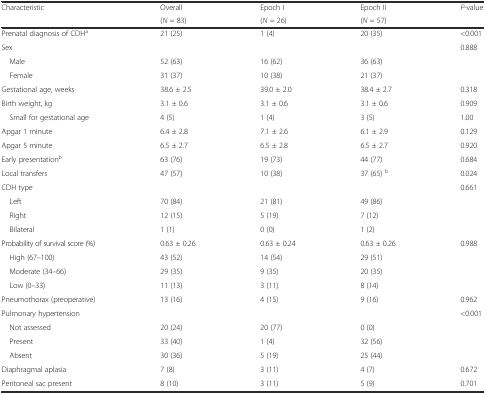
<table><thead><tr><td rowspan="2"><b>Characteristic</b></td><td><b>Overall</b></td><td><b>Epoch I</b></td><td><b>Epoch II</b></td><td rowspan="2"><b><i>P</i>-value</b></td></tr><tr><td><b>(<i>N</i> = 83)</b></td><td><b>(<i>N</i> = 26)</b></td><td><b>(<i>N</i> = 57)</b></td></tr></thead><tbody><tr><td>Prenatal diagnosis of CDH<sup>a</sup></td><td>21 (25)</td><td>1 (4)</td><td>20 (35)</td><td>&lt;0.001</td></tr><tr><td>Sex</td><td></td><td></td><td></td><td>0.888</td></tr><tr><td> Male</td><td>52 (63)</td><td>16 (62)</td><td>36 (63)</td><td></td></tr><tr><td> Female</td><td>31 (37)</td><td>10 (38)</td><td>21 (37)</td><td></td></tr><tr><td>Gestational age, weeks</td><td>38.6 ± 2.5</td><td>39.0 ± 2.0</td><td>38.4 ± 2.7</td><td>0.318</td></tr><tr><td>Birth weight, kg</td><td>3.1 ± 0.6</td><td>3.1 ± 0.6</td><td>3.1 ± 0.6</td><td>0.909</td></tr><tr><td> Small for gestational age</td><td>4 (5)</td><td>1 (4)</td><td>3 (5)</td><td>1.00</td></tr><tr><td>Apgar 1 minute</td><td>6.4 ± 2.8</td><td>7.1 ± 2.6</td><td>6.1 ± 2.9</td><td>0.129</td></tr><tr><td>Apgar 5 minute</td><td>6.5 ± 2.7</td><td>6.5 ± 2.8</td><td>6.5 ± 2.7</td><td>0.920</td></tr><tr><td>Early presentation<sup>b</sup></td><td>63 (76)</td><td>19 (73)</td><td>44 (77)</td><td>0.684</td></tr><tr><td>Local transfers</td><td>47 (57)</td><td>10 (38)</td><td>37 (65) <sup>b</sup></td><td>0.024</td></tr><tr><td>CDH type</td><td></td><td></td><td></td><td>0.661</td></tr><tr><td> Left</td><td>70 (84)</td><td>21 (81)</td><td>49 (86)</td><td></td></tr><tr><td> Right</td><td>12 (15)</td><td>5 (19)</td><td>7 (12)</td><td></td></tr><tr><td> Bilateral</td><td>1 (1)</td><td>0 (0)</td><td>1 (2)</td><td></td></tr><tr><td>Probability of survival score (%)</td><td>0.63 ± 0.26</td><td>0.63 ± 0.24</td><td>0.63 ± 0.26</td><td>0.988</td></tr><tr><td> High (67–100)</td><td>43 (52)</td><td>14 (54)</td><td>29 (51)</td><td></td></tr><tr><td> Moderate (34–66)</td><td>29 (35)</td><td>9 (35)</td><td>20 (35)</td><td></td></tr><tr><td> Low (0–33)</td><td>11 (13)</td><td>3 (11)</td><td>8 (14)</td><td></td></tr><tr><td>Pneumothorax (preoperative)</td><td>13 (16)</td><td>4 (15)</td><td>9 (16)</td><td>0.962</td></tr><tr><td>Pulmonary hypertension</td><td></td><td></td><td></td><td>&lt;0.001</td></tr><tr><td> Not assessed</td><td>20 (24)</td><td>20 (77)</td><td>0 (0)</td><td></td></tr><tr><td> Present</td><td>33 (40)</td><td>1 (4)</td><td>32 (56)</td><td></td></tr><tr><td> Absent</td><td>30 (36)</td><td>5 (19)</td><td>25 (44)</td><td></td></tr><tr><td>Diaphragmal aplasia</td><td>7 (8)</td><td>3 (11)</td><td>4 (7)</td><td>0.672</td></tr><tr><td>Peritoneal sac present</td><td>8 (10)</td><td>3 (11)</td><td>5 (9)</td><td>0.701</td></tr></tbody></table>